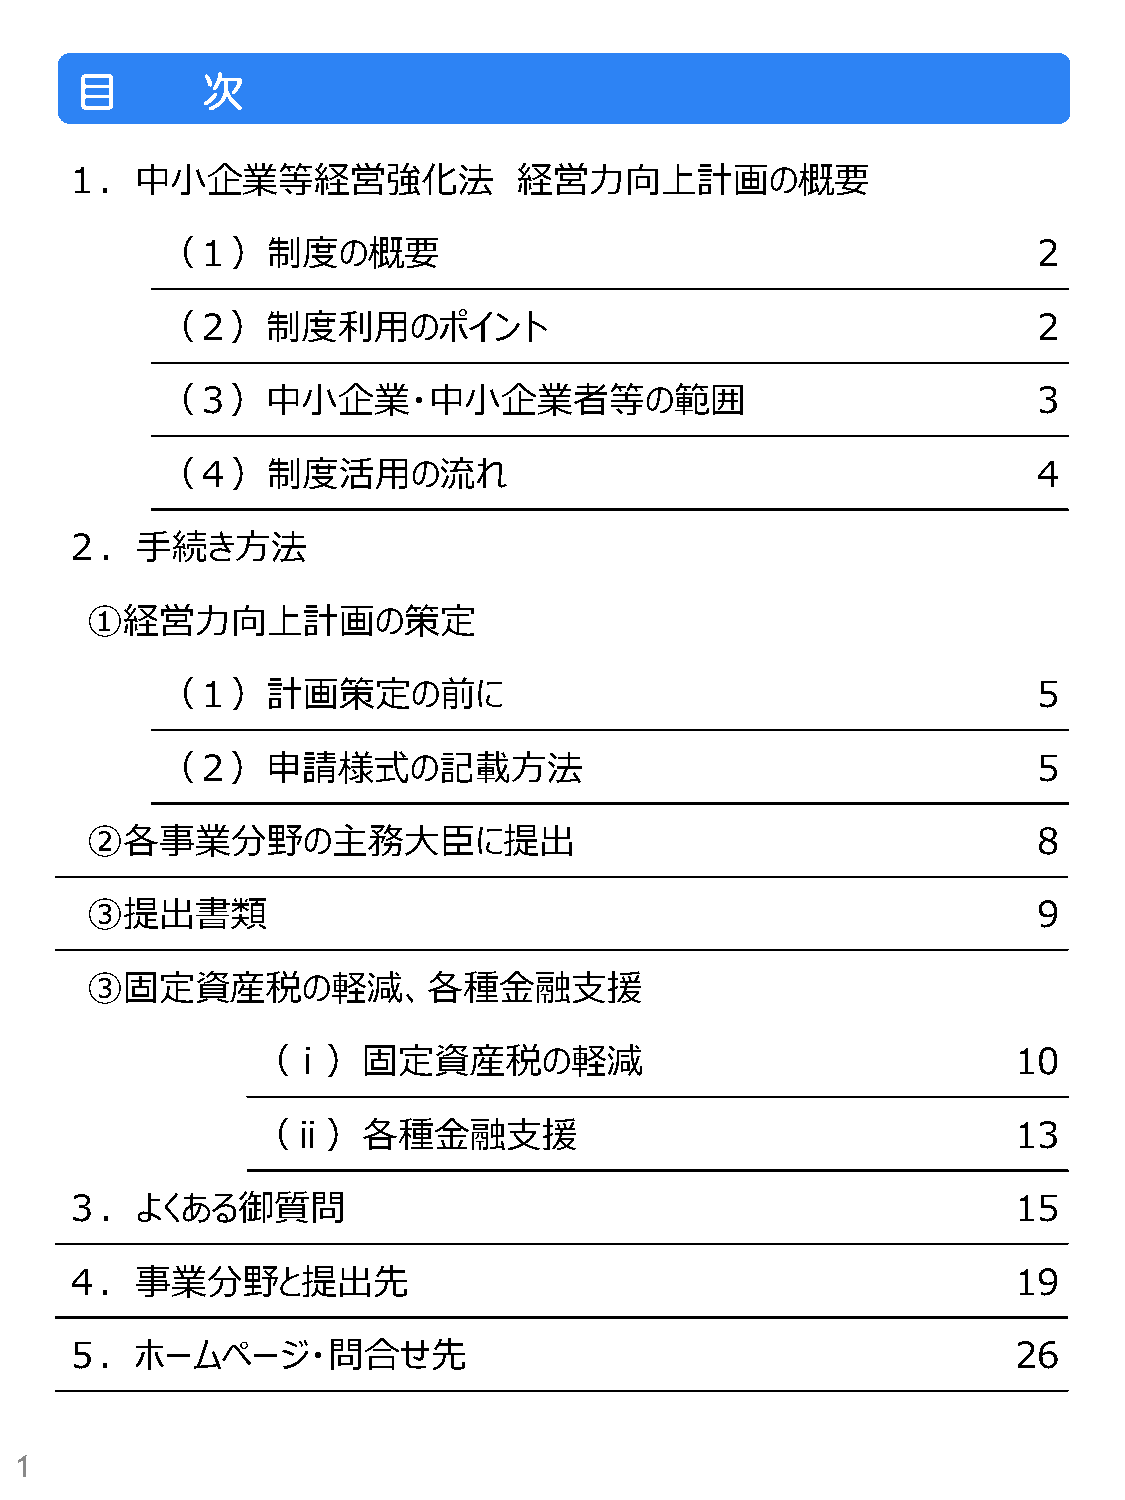
目       次
 １．中小企業等経営強化法                  経営力向上計画の概要
 （１）制度の概要                                                  2
 （２）制度利用のポイント                                              2
 （３）中小企業・中小企業者等の範囲                                         3
 （４）制度活用の流れ                                                4
 ２．手続き方法
 ①経営力向上計画の策定
 （１）計画策定の前に                                                5
 （２）申請様式の記載方法                                              5
 ②各事業分野の主務大臣に提出                                                 8
 ③提出書類                                                          9
 ③固定資産税の軽減、各種金融支援
 （ⅰ）固定資産税の軽減                                       10
 （ⅱ）各種金融支援                                         13
 ３．よくある御質問                                                      15
 ４．事業分野と提出先                                                     19
 ５．ホームページ・問合せ先                                                  26
 1